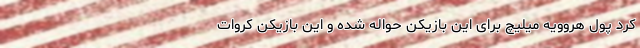
کرد پول هروویه میلیچ برای این بازیکن حواله شده و این بازیکن کروات